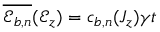
\overline { { \mathscr { E } _ { b , n } } } ( \mathcal { E } _ { z } ) = c _ { b , n } ( J _ { z } ) \gamma t